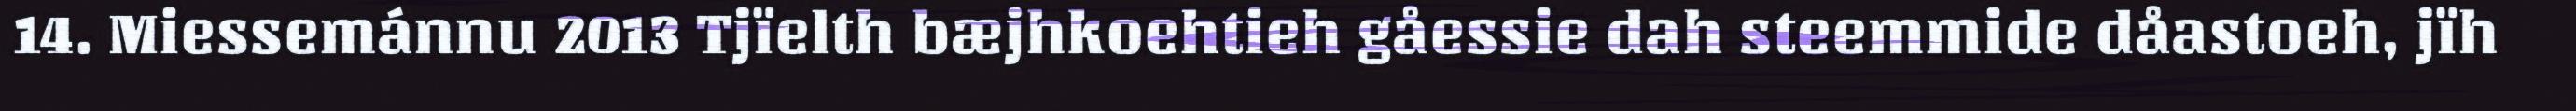
14. Miessemánnu 2013 Tjïelth bæjhkoehtieh gåessie dah steemmide dåastoeh, jïh